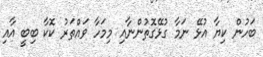
ބަހުން ކިޔާ އުޅޭ ނަމާ ގުޅޭގޮތުންނާއި މިމަހާ ވައްތަރު ކޮކާ ބިބީ އާއި